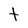
Character: t